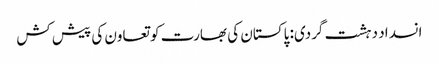
انسداد دہشت گردی: پاکستان کی بھارت کو تعاون کی پیش کش